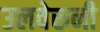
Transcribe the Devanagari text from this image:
उलवेरुनी